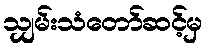
သျှမ်းသံတော်ဆင့်မှ